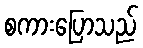
စကားပြောသည်